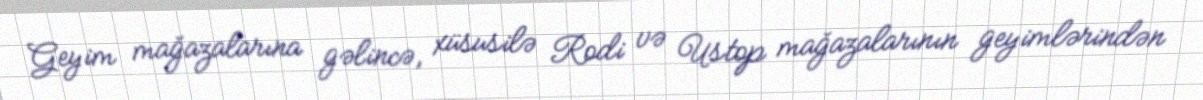
Geyim mağazalarına gəlincə, xüsusilə Rodi və Ustop mağazalarının geyimlərindən